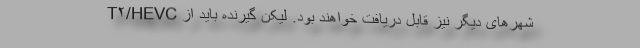
شهر‌های دیگر نیز قابل دریافت خواهند بود. لیکن گیرنده باید از T۲/HEVC